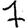
Digit: 7